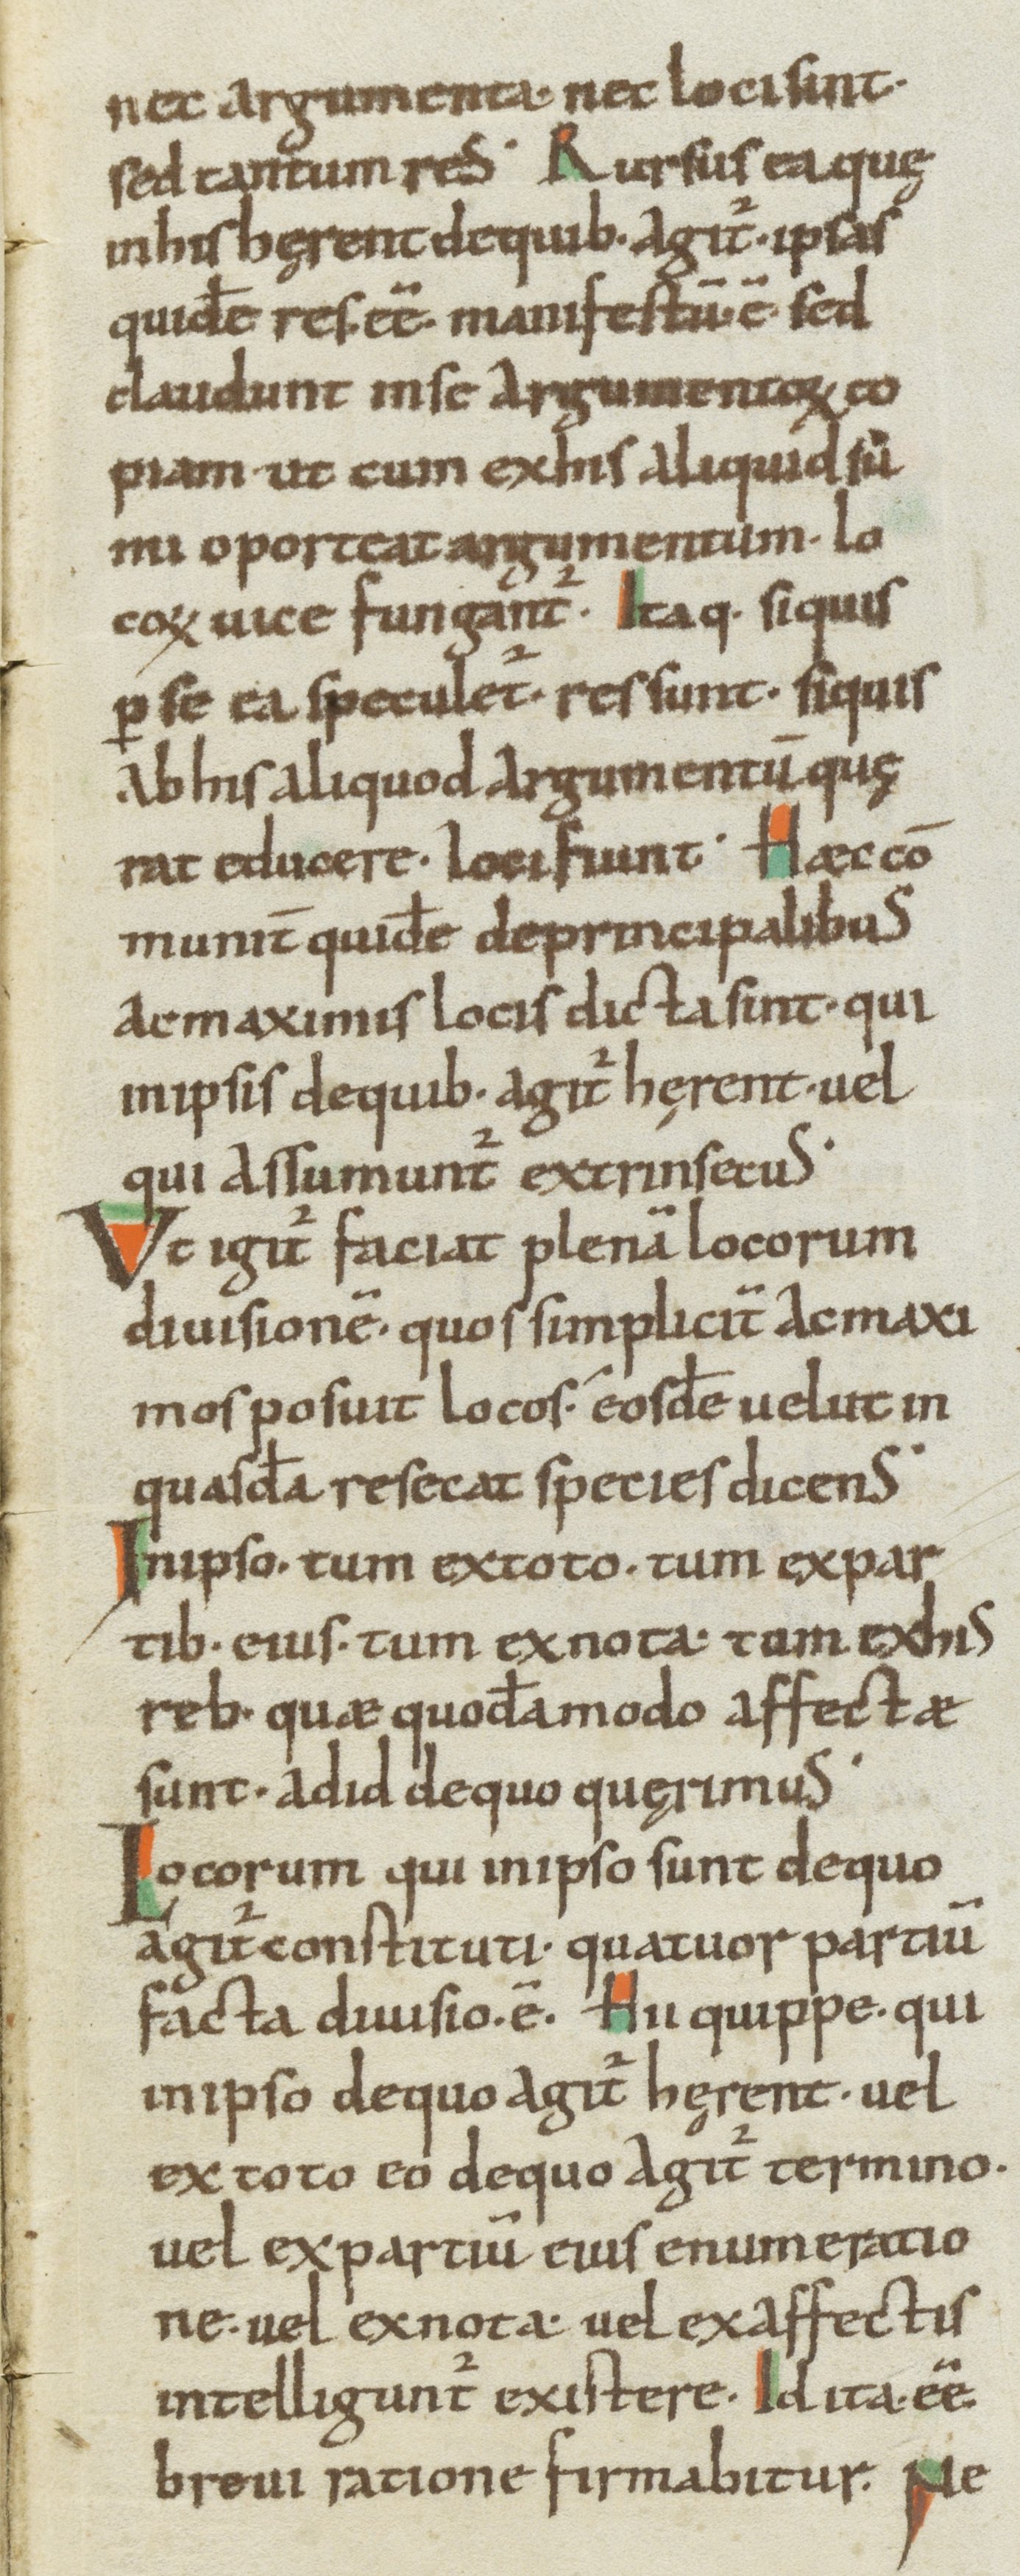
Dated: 1000–1099